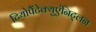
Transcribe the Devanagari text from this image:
टियोपैंटेक्युएंनिट्लन